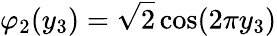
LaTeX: \varphi_{2}(y_{3})=\sqrt{2}\cos(2\pi y_{3})